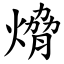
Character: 熁